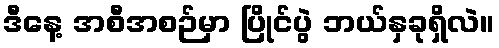
ဒီနေ့ အစီအစဉ်မှာ ပြိုင်ပွဲ ဘယ်နှခုရှိလဲ။